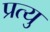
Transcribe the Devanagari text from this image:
प्रत्यु